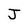
Character: J